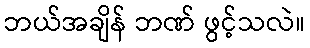
ဘယ်အချိန် ဘဏ် ဖွင့်သလဲ။